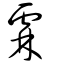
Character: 𧇃